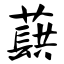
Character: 蕻